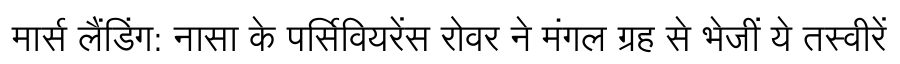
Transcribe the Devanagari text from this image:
मार्स लैंडिंग: नासा के पर्सिवियरेंस रोवर ने मंगल ग्रह से भेजीं ये तस्वीरें